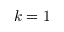
k = 1